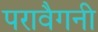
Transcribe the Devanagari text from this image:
परावैगनी